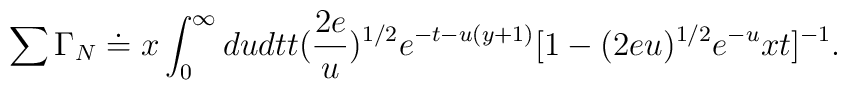
\sum \Gamma_N \doteq x\int^{\infty}_0 dudt t(\frac{2e}{u})^{1/2}e^{-t-u(y+1)}[1-(2eu)^{1/2}e^{-u}xt]^{-1}.